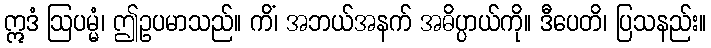
ဣဒံ ဩပမ္မံ၊ ဤဥပမာသည်။ ကိံ၊ အဘယ်အနက် အဓိပ္ပာယ်ကို။ ဒီပေတိ၊ ပြသနည်း။